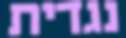
נגדית